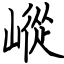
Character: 嵷